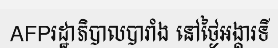
AFPរដ្ឋាភិបាលបារាំង នៅថ្ងៃអង្គារទី